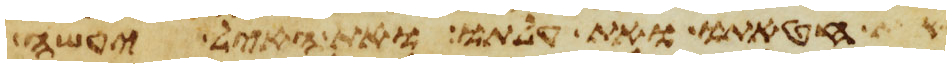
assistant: את חטאתו ואת עלתו ואת האיל יעשה